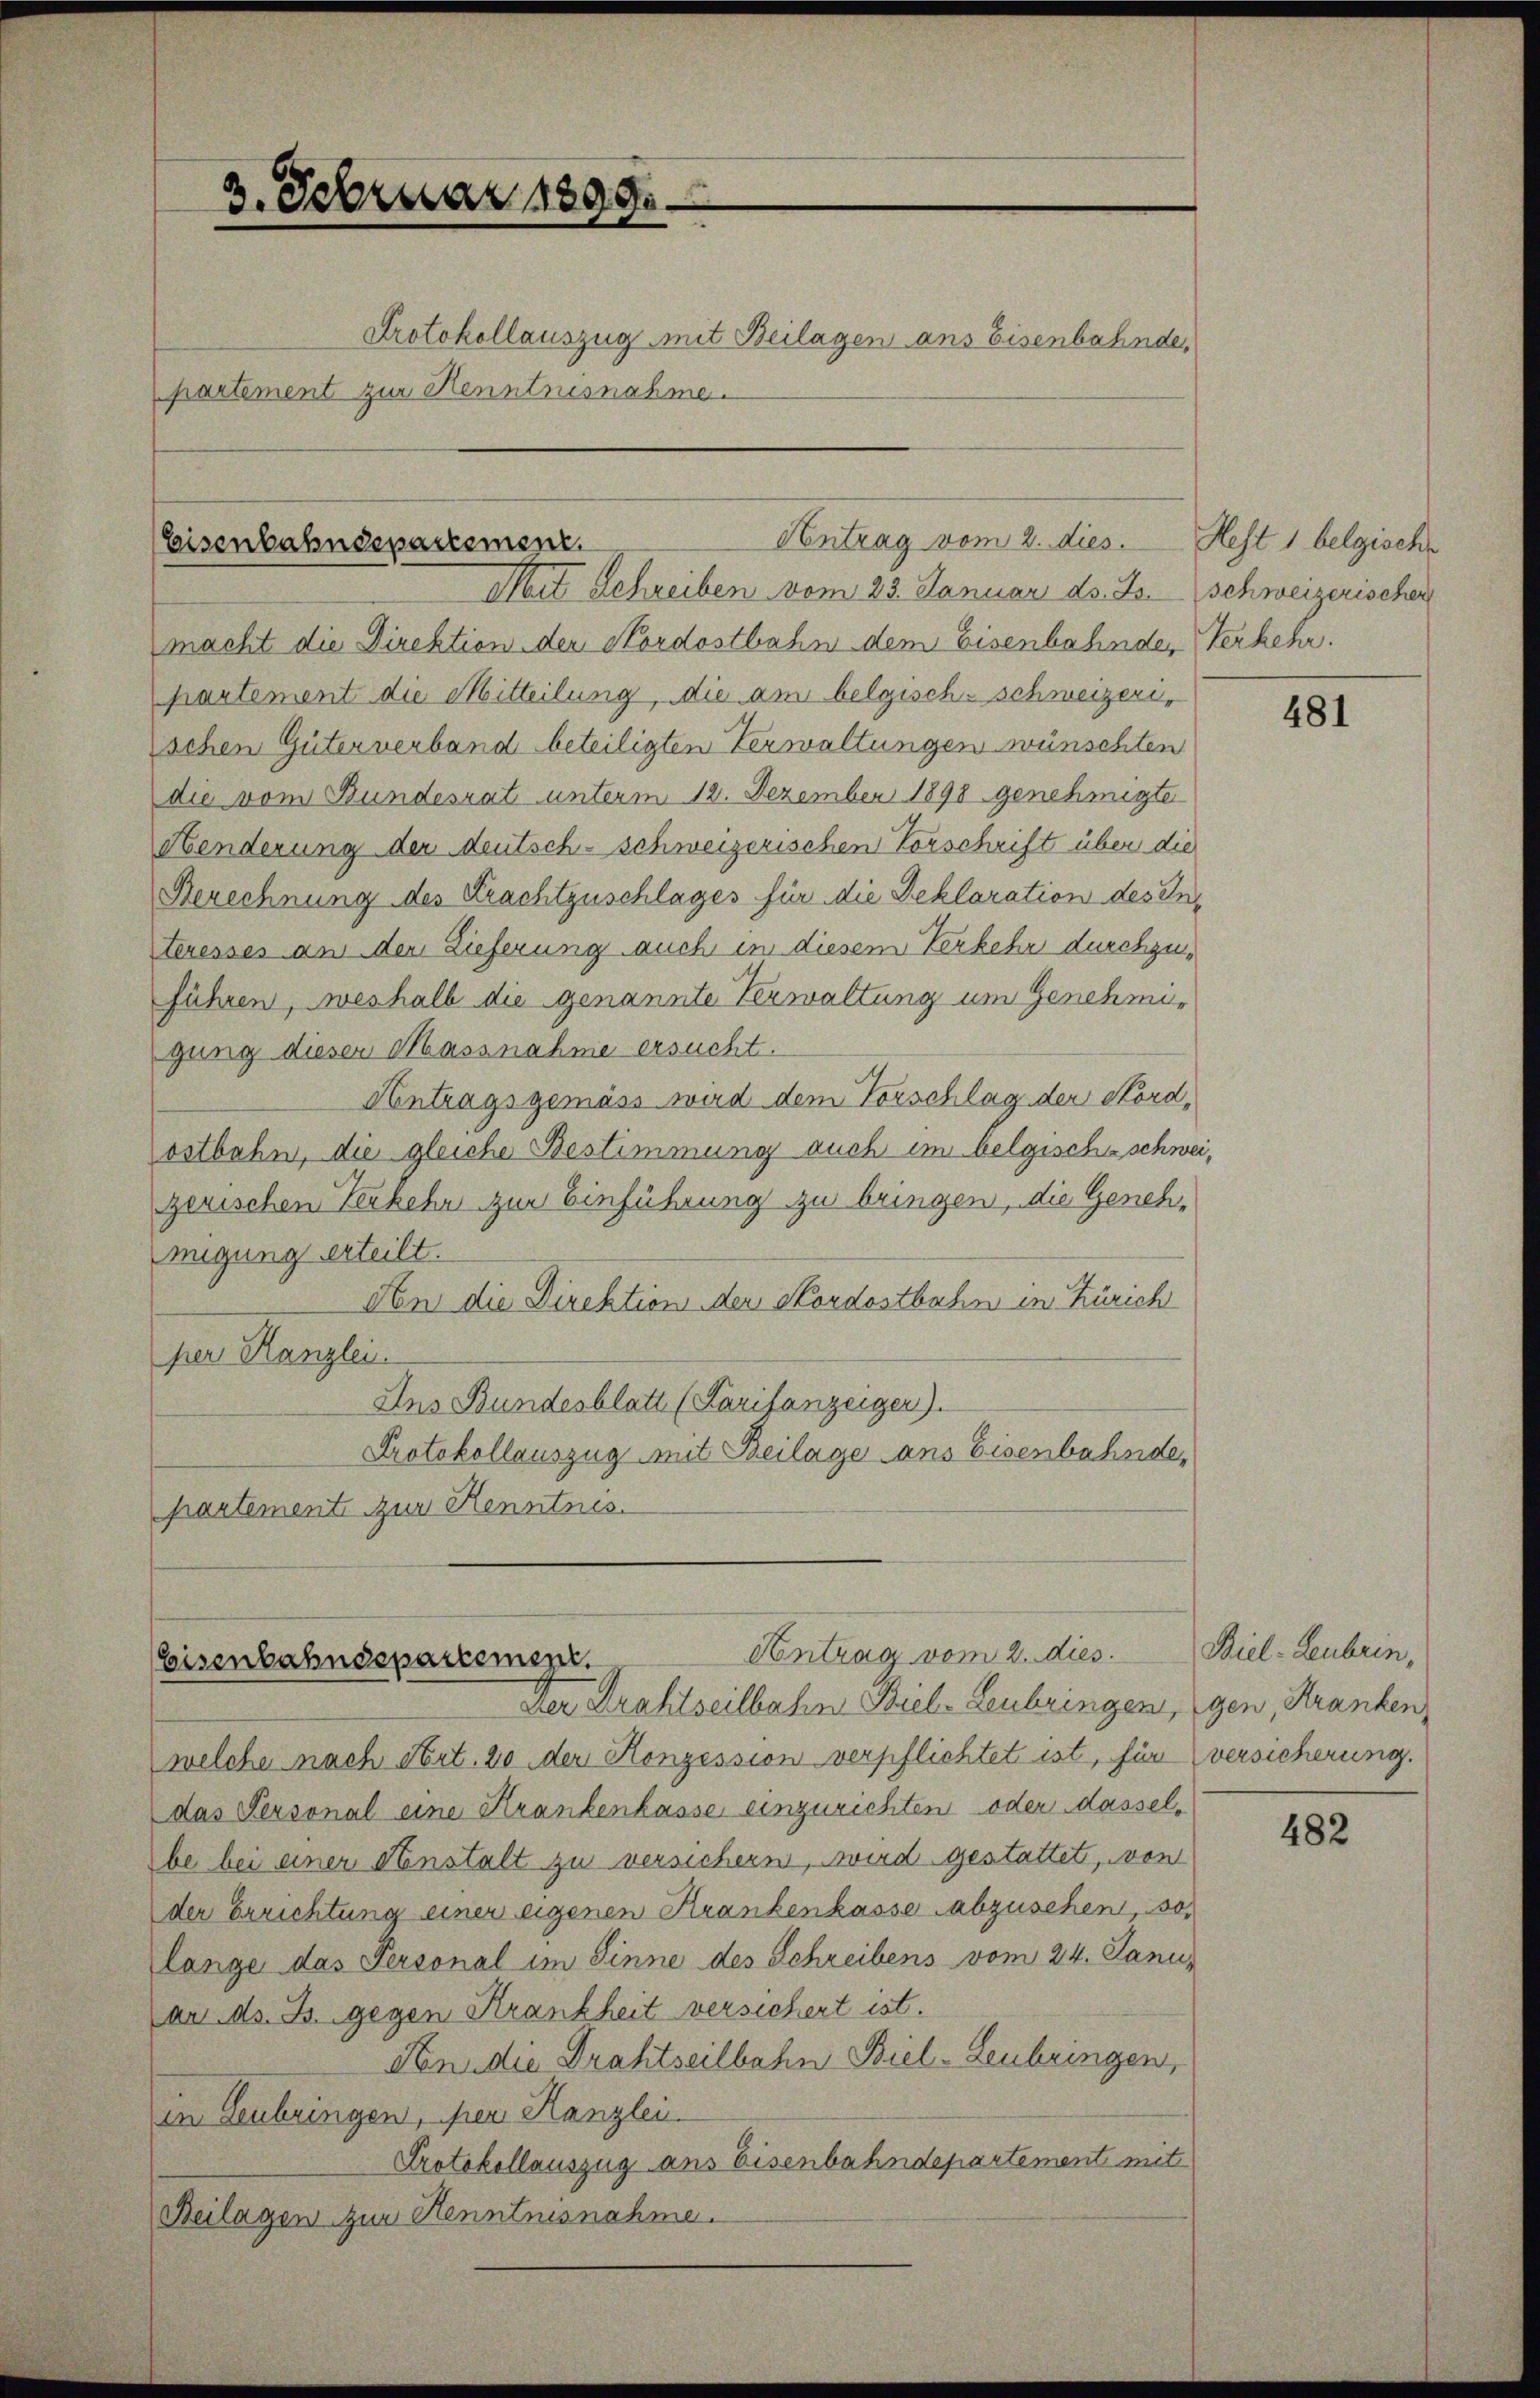
2. Februar 1899.

Protokollauszug mit Beilagen ans Eisenbahnde,
partement zur Kenntnisnahme.

Antrag vom 2. dies. Heft 1 belgische
Eisenbahndepartement.
Mit Schreiben vom 23. Januar d. Js. schweizerischer

macht die Direktion der Nordostbahn dem Eisenbahnder Verkehr.
partement die Mitteilung, die am belgisch-schweizerischen Güterverband beteiligten Verwaltungen wünschten
die vom Bundesrat unterm 12. Dezember 1890 genehmigte
Henderung der deutsch-schweizerischen Vorschrift über die
Berechnung des Krachtzuschlages für die Deklaration des Insteresses an der Lieferung auch in diesem Verkehr durchzuführen, weshalb die genannte Verwaltung um Genehmigung diesen Massnahme ersucht.
Antragsgemäss wird dem Vorschlag der Kordostbahn, die gleiche Bestimmung auch im belgische schweizerischen Verkehr zur Einführung zu bringen, die Genehmigung erteilt.
An die Direktion der Nordostbahn in Zürich
per Kanzlei.
Ans Bundesblatt (Karitanzeiger).
Protokollauszug mit Beilage ans Eisenbahnde,
partement zur Kenntnis.

Antrag vom 2. dies
Eisenbahndepartemen
Der Drahtseilbahn Biel-Leubringen, (gen, Kranken,

welche nach Art. 20 der Konzession verpflichtet ist, für versicherung.
das Personal eine Krankenkasse einzurichten oder dasselbe bei einer Anstalt zu versichern, wird gestattet, von
der Errichtung einer eigenen Krankenkasse abzusehen, so
lange das Personal im Sinne des Schreibens vom 24. Janu
ar ds. Js. gegen Krankheit versichert ist.
Nen die Drahtseilbahn Biel-Leubringen,
in Leubringen, per Kanzlei
Protokollauszug aus Eisenbahndepartement mit
Beilagen zur Kenntnisnahme.

481

Biel-Leubrin,

482